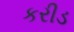
કરીડ